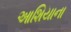
આશિયાના